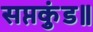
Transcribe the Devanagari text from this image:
सप्तकुंड॥